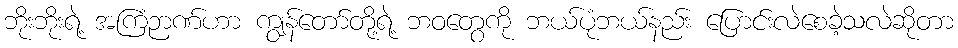
ဘိုးဘိုးရဲ့ အကြံဉာဏ်ဟာ ကျွန်တော်တို့ရဲ့ ဘဝတွေကို ဘယ်ပုံဘယ်နည်း ပြောင်းလဲစေခဲ့သလဲဆိုတာ